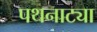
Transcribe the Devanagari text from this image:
पथनाट्या